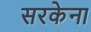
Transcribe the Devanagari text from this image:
सरकेना